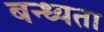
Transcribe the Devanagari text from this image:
बन्ध्यता